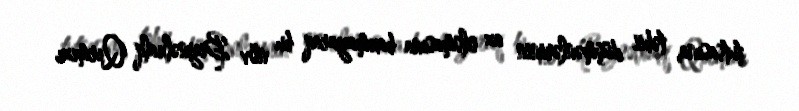
tutsasına, təbii düşmənlərinin az olsmasına baxmayaraq bu növ Beynəlxalq Qırmızı